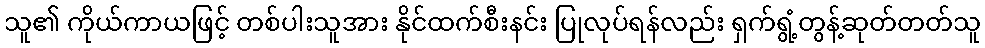
သူ၏ ကိုယ်ကာယဖြင့် တစ်ပါးသူအား နိုင်ထက်စီးနင်း ပြုလုပ်ရန်လည်း ရှက်ရွံ့တွန့်ဆုတ်တတ်သူ